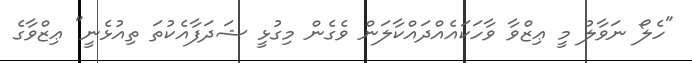
"ހެލޯ ނަވާލު މީ ޢިޒްވާ ވާހަކައެއްދައްކާލަން ވެގެން މިގުޅީ ޝަދަފާއެކުތަ ތިއުޅެނީ" ޢިޒްވާގެ